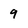
Character: 9